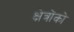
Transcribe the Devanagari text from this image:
क्षेत्रोंको